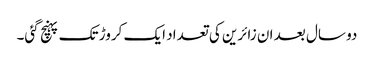
دو سال بعد ان زائرین کی تعداد ایک کروڑ تک پہنچ گئی۔